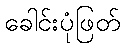
ခေါင်းပုံဖြတ်